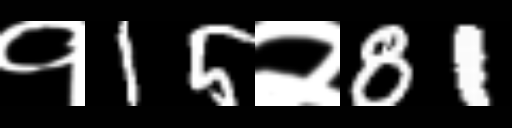
Text: १15२81